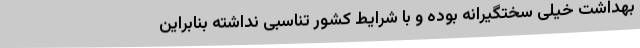
بهداشت خیلی سختگیرانه بوده و با شرایط کشور تناسبی نداشته بنابراین